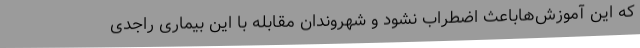
که این آموزش‌هاباعث اضطراب نشود و شهروندان مقابله با این بیماری راجدی